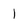
Character: 1